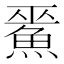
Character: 𲌵